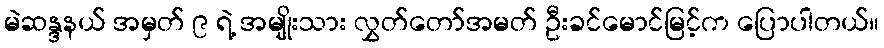
မဲဆန္ဒနယ် အမှတ် ၉ ရဲ့ အမျိုးသား လွှတ်တော်အမတ် ဦးခင်မောင်မြင့်က ပြောပါတယ်။